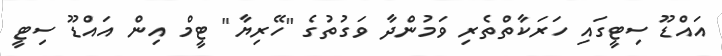
އައްޑޫ ސިޓީގައި ހަރަކާތްތެރި ވަމުންދާ ވަގުތުގެ "ހޭރިޔާ" ޓީމް އިން އައްޑޫ ސިޓީ